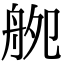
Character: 𦨨